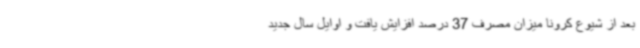
بعد از شیوع کرونا میزان مصرف 37 درصد افزایش یافت و اوایل سال جدید